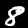
Label: 8